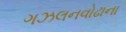
ગઝલનવોઢાના